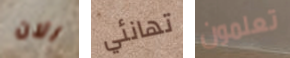
الان تهانئي تعلمون